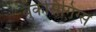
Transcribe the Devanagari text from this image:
बुकसिंगिंग्स